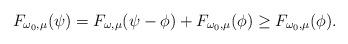
LaTeX: \begin{align*}F_{\omega_0,\mu}(\psi)=F_{\omega,\mu}(\psi-\phi)+F_{\omega_0,\mu}(\phi)\ge F_{\omega_0,\mu}(\phi).\end{align*}